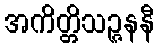
အကိတ္တိသဉ္ဇနနီ